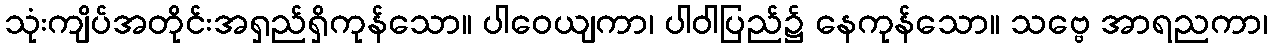
သုံးကျိပ်အတိုင်းအရှည်ရှိကုန်သော။ ပါဝေယျကာ၊ ပါဝါပြည်၌ နေကုန်သော။ သဗ္ဗေ အာရညကာ၊